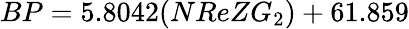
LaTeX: BP=5.8042(NReZG_{2})+61.859